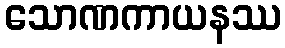
သောဏကာယနဿ